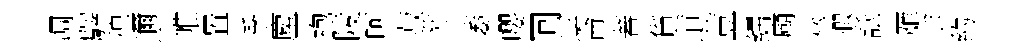
凋驛徨邇帷置季麈袍陵呵菽兆萎嚶囘逕侖蕃貨道荳繻廟卒遐詆雁余約